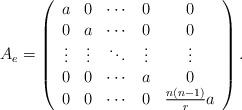
LaTeX: \begin{align*}A_e = \left( \begin{array}{ccccc} a & 0 & \cdots & 0 & 0 \\ 0 & a & \cdots & 0 & 0 \\ \vdots & \vdots & \ddots & \vdots & \vdots \\ 0 & 0 & \cdots & a & 0 \\ 0 & 0 & \cdots & 0 & \frac{n(n-1)}{r}a \\ \end{array} \right).\end{align*}